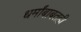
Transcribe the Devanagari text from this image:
धर्मांबाबतही